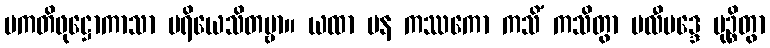
ပကတိဖုဋ္ဌောကာသာ ပရိယေသိတဗ္ဗာ။ ယထာ ပန ကဿကော ကသိံ ကသိတွာ ဗလီဗဒ္ဒေ မုဉ္စိတွာ